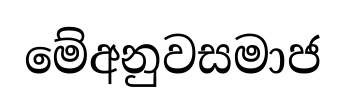
මේඅනුවසමාජ